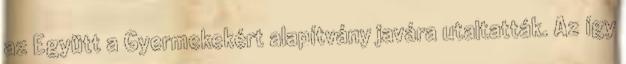
az Együtt a Gyermekekért alapítvány javára utaltatták. Az így